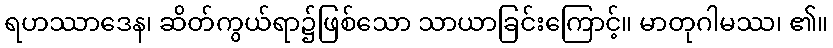
ရဟဿာဒေန၊ ဆိတ်ကွယ်ရာ၌ဖြစ်သော သာယာခြင်းကြောင့်။ မာတုဂါမဿ၊ ၏။